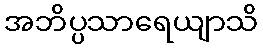
အဘိပ္ပသာရေယျာသိ